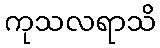
ကုသလရာသိ